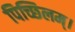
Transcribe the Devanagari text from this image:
पिच्छिलम्।